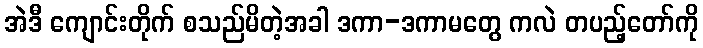
အဲဒီ ကျောင်းတိုက် စသည်မိတဲ့အခါ ဒကာ-ဒကာမတွေ ကလဲ တပည့်တော်ကို